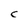
Character: C